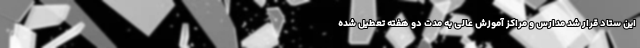
این ستاد قرار شد مدارس و مراکز آموزش عالی به مدت دو هفته تعطیل شده